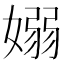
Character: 嫋